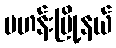
ဗဟန်းမြို့နယ်